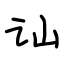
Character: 讪